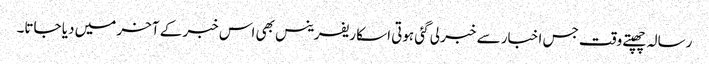
رسالہ چھپتے وقت جس اخبار سے خبر لی گئی ہوتی اسکا ریفرینس بھی اس خبر کے آخر میں دیا جاتا۔